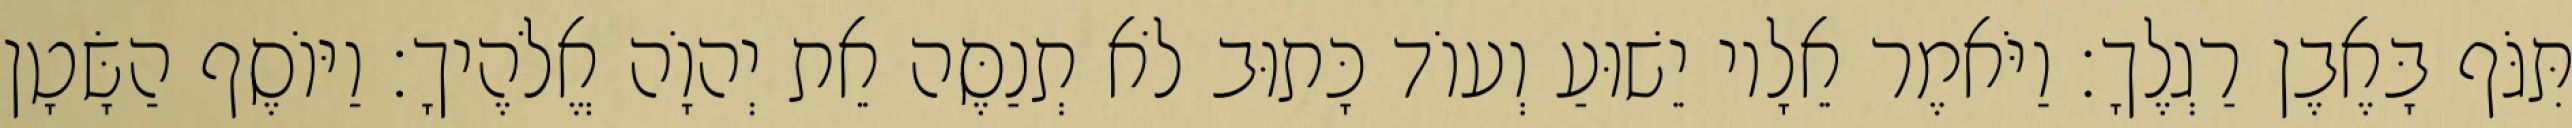
תִּגֹּף בָּאֶבֶן רַגְלֶךָ׃ וַיֹּאמֶר אֵלָיו יֵשׁוּעַ וְעוֹד כָּתוּב לֹא תְנַסֶּה אֵת יְהוָֹה אֱלֹהֶיךָ׃ וַיּוֹסֶף הַשָּׂטָן